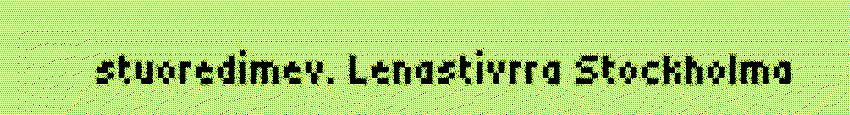
stuoredimev. Lenastivrra Stockholma